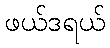
ဖယ်ဒရယ်